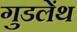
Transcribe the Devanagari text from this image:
गुडलेंथ